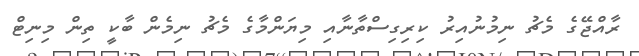
ރާއްޖޭގެ މެޗު ނިމުނުއިރު ކިރިގިސްތާނާއި މިޔަންމާގެ މެޗު ނިމެން ބާކީ ތިން މިނިޓް